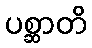
ပစ္ဆာတိ